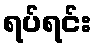
ရပ်ရင်း